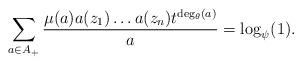
LaTeX: \begin{align*}\sum\limits_{a\in A_{+}}\frac{\mu(a)a(z_1)\dots a(z_n)t^{\deg_{\theta}(a)}}{a}=\log_{\psi}(1).\end{align*}